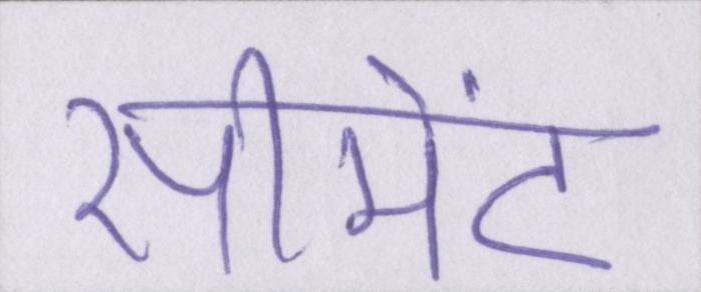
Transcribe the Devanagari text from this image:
सीमेंट